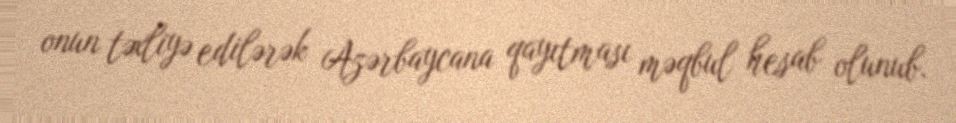
onun təxliyə edilərək Azərbaycana qayıtması məqbul hesab olunub.